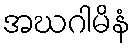
အဃဂါမိနံ